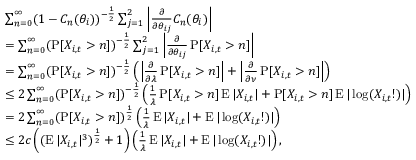
\begin{array} { r l } & { \sum _ { n = 0 } ^ { \infty } ( 1 - C _ { n } ( \theta _ { i } ) ) ^ { - \frac { 1 } { 2 } } \sum _ { j = 1 } ^ { 2 } \left| \frac { \partial } { \partial \theta _ { i j } } C _ { n } ( \theta _ { i } ) \right| } \\ & { = \sum _ { n = 0 } ^ { \infty } ( \operatorname { P } [ X _ { i , t } > n ] ) ^ { - \frac { 1 } { 2 } } \sum _ { j = 1 } ^ { 2 } \left| \frac { \partial } { \partial \theta _ { i j } } \operatorname { P } [ X _ { i , t } > n ] \right| } \\ & { = \sum _ { n = 0 } ^ { \infty } ( \operatorname { P } [ X _ { i , t } > n ] ) ^ { - \frac { 1 } { 2 } } \left( \left| \frac { \partial } { \partial \lambda } \operatorname { P } [ X _ { i , t } > n ] \right| + \left| \frac { \partial } { \partial \nu } \operatorname { P } [ X _ { i , t } > n ] \right| \right) } \\ & { \leq 2 \sum _ { n = 0 } ^ { \infty } ( \operatorname { P } [ X _ { i , t } > n ] ) ^ { - \frac { 1 } { 2 } } \left( \frac { 1 } { \lambda } \operatorname { P } [ X _ { i , t } > n ] \operatorname { E } | X _ { i , t } | + \operatorname { P } [ X _ { i , t } > n ] \operatorname { E } | \log ( X _ { i , t } ! ) | \right) } \\ & { = 2 \sum _ { n = 0 } ^ { \infty } ( \operatorname { P } [ X _ { i , t } > n ] ) ^ { \frac { 1 } { 2 } } \left( \frac { 1 } { \lambda } \operatorname { E } | X _ { i , t } | + \operatorname { E } | \log ( X _ { i , t } ! ) | \right) } \\ & { \leq 2 c \left( ( \operatorname { E } | X _ { i , t } | ^ { 3 } ) ^ { \frac { 1 } { 2 } } + 1 \right) \left( \frac { 1 } { \lambda } \operatorname { E } | X _ { i , t } | + \operatorname { E } | \log ( X _ { i , t } ! ) | \right) , } \end{array}